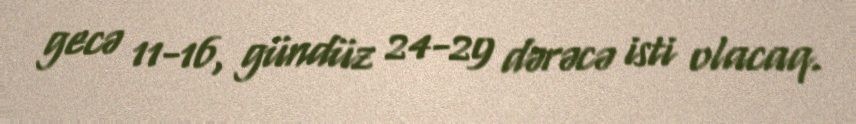
gecə 11-16, gündüz 24-29 dərəcə isti olacaq.